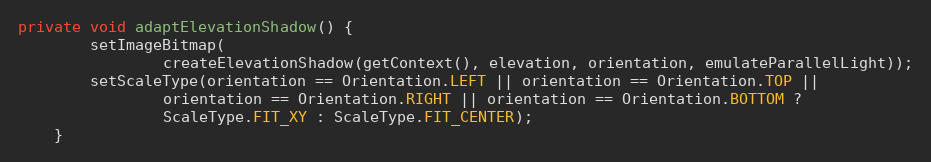
Language: Java
private void adaptElevationShadow() {
        setImageBitmap(
                createElevationShadow(getContext(), elevation, orientation, emulateParallelLight));
        setScaleType(orientation == Orientation.LEFT || orientation == Orientation.TOP ||
                orientation == Orientation.RIGHT || orientation == Orientation.BOTTOM ?
                ScaleType.FIT_XY : ScaleType.FIT_CENTER);
    }